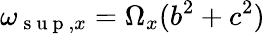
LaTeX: \omega_{\mathrm{~s~u~p~},x}=\Omega_{x}(b^{2}+c^{2})